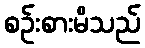
စဉ်းစားမိသည်